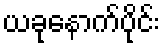
ယခုနောက်ပိုင်း